Report on vaccination in the Province of Bengal - 1874-1889
Year: 1874
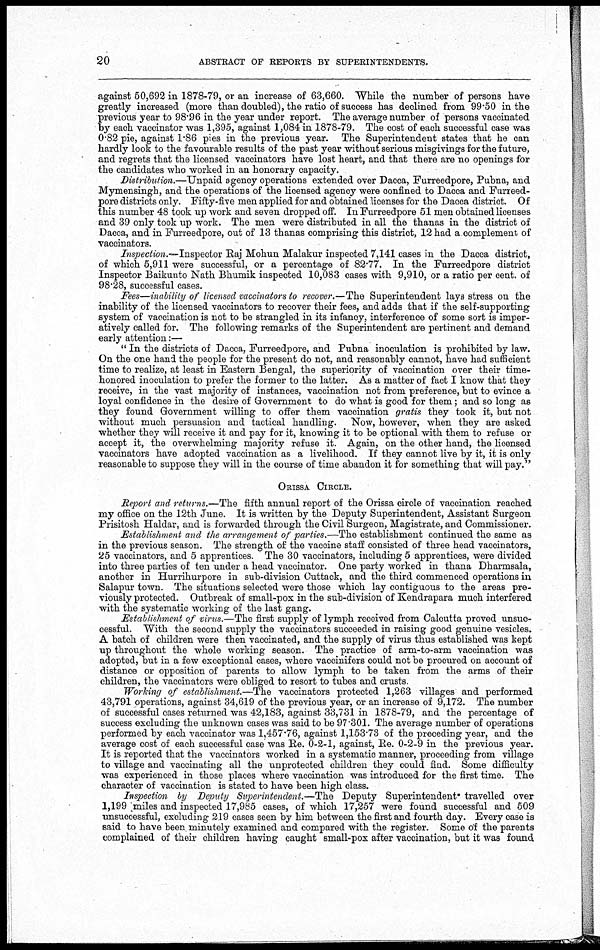
20
ABSTRACT OF REPORTS BY SUPERINTENDENTS.
against 50,692 in 1878-79, or an increase of 63,660. While the number of persons have
greatly increased (more than doubled), the ratio of success has declined from 99.50 in the
previous year to 98.96 in the year under report. The average number of persons vaccinated
by each vaccinator was 1,395, against 1,084 in 1878-79. The cost of each successful case was
0.82 pie, against 1.86 pies in the previous year. The Superintendent states that he can
hardly look to the favourable results of the past year without serious misgivings for the future,
and regrets that the licensed vaccinators have lost heart, and that there are no openings for
the candidates who worked in an honorary capacity.
Distribution.—Unpaid agency operations extended over Dacca, Furreedpore, Pubna, and
Mymensingh, and the operations of the licensed agency were confined to Dacca and Furreed-
pore districts only. Fifty-five men applied for and obtained licenses for the Dacca district. Of
this number 48 took up work and seven dropped off. In Furreedpore 51 men obtained licenses
and 39 only took up work. The men were distributed in all the thanas in the district of
Dacca, and in Furreedpore, out of 13 thanas comprising this district, 12 had a complement of
vaccinators.
Inspection.—Inspector Raj Mohun Malakur inspected 7,141 cases in the Dacca district,
of which 5,911 were successful, or a percentage of 82.77. In the Furreedpore district
Inspector Baikunto Nath Bhumik inspected 10,083 cases with 9,910, or a ratio per cent. of
98.28, successful cases.
Fees—inability of licensed vaccinators to recover.—The Superintendent lays stress on the
inability of the licensed vaccinators to recover their fees, and adds that if the self-supporting
system of vaccination is not to be strangled in its infancy, interference of some sort is imper-
atively called for. The following remarks of the Superintendent are pertinent and demand
early attention:—
" In the districts of Dacca, Furreedpore, and Pubna inoculation is prohibited by law.
On the one hand the people for the present do not, and reasonably cannot, have had sufficient
time to realize, at least in Eastern Bengal, the superiority of vaccination over their time-
honored inoculation to prefer the former to the latter. As a matter of fact I know that they
receive, in the vast majority of instances, vaccination not from preference, but to evince a
loyal confidence in the desire of Government to do what is good for them; and so long as
they found Government willing to offer them vaccination gratis they took it, but not
without much persuasion and tactical handling. Now, however, when they are asked
whether they will receive it and pay for it, knowing it to be optional with them to refuse or
accept it, the overwhelming majority refuse it. Again, on the other hand, the licensed
vaccinators have adopted vaccination as a livelihood. If they cannot live by it, it is only
reasonable to suppose they will in the course of time abandon it for something that will pay."
ORISSA CIRCLE.
Report and returns.—The fifth annual report of the Orissa circle of vaccination reached
my office on the 12th June. It is written by the Deputy Superintendent, Assistant Surgeon
Prisitosh Haldar, and is forwarded through the Civil Surgeon, Magistrate, and Commissioner.
Establishment and the arrangement of parties.—The establishment continued the same as
in the previous season. The strength of the vaccine staff consisted of three head vaccinators,
25 vaccinators, and 5 apprentices. The 30 vaccinators, including 5 apprentices, were divided
into three parties of ten under a head vaccinator. One party worked in thana Dharmsala,
another in Hurrihurpore in sub-division Cuttack, and the third commenced operations in
Salapur town. The situations selected were those which lay contiguous to the areas pre-
viously protected. Outbreak of small-pox in the sub-division of Kendrapara much interfered
with the systematic working of the last gang.
Establishment of virus.—The first supply of lymph received from Calcutta proved unsuc-
cessful. With the second supply the vaccinators succeeded in raising good genuine vesicles.
A batch of children were then vaccinated, and the supply of virus thus established was kept
up throughout the whole working season. The practice of arm-to-arm vaccination was
adopted, but in a few exceptional cases, where vaccinifers could not be procured on account of
distance or opposition of parents to allow lymph to be taken from the arms of their
children, the vaccinators were obliged to resort to tubes and crusts.
Working of establishment.—The vaccinators protected 1,263 villages and performed
43,791 operations, against 34,619 of the previous year, or an increase of 9,172. The number
of successful cases returned was 42,183, against 33,731 in 1878-79, and the percentage of
success excluding the unknown cases was said to be 97.301. The average number of operations
performed by each vaccinator was 1,457.76, against 1,153.73 of the preceding year, and the
average cost of each successful case was Re. 0-2-1, against, Re. 0-2-9 in the previous year.
It is reported that the vaccinators worked in a systematic manner, proceeding from village
to village and vaccinating all the unprotected children they could find. Some difficulty
was experienced in those places where vaccination was introduced for the first time. The
character of vaccination is stated to have been high class.
Inspection by Deputy Superintendent.—The Deputy Superintendent. travelled over
1,199 miles and inspected 17,985 cases, of which 17,257 were found successful and 509
unsuccessful, excluding 219 cases seen by him between the first and fourth day. Every case is
said to have been minutely examined and compared with the register. Some of the parents
complained of their children having caught small-pox after vaccination, but it was found